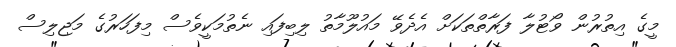
މީގެ އިތުރުން ވޯޓުލާ ފަރާތްތަކަށް އެެދެވޭ މައުލޫމާތު ލިބިފައި ނެތުމަކީވެސް މިފަހަރުގެ މަޖިލިސް